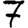
Digit: 7